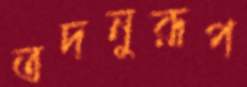
তদনুরূপ